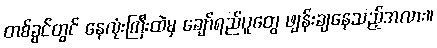
တစ်ခွင်တွင် နေလုံးကြီးထဲမှ ချော်ရည်ပူတွေ ဖျန်းချနေသည့်အလား။